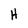
Character: H